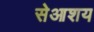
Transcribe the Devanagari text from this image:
सेआशय